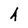
Character: 4